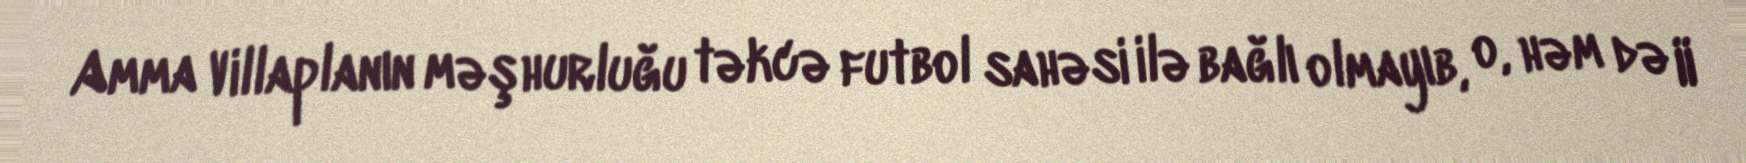
Amma Villaplanın məşhurluğu təkcə futbol sahəsi ilə bağlı olmayıb, o, həm də II